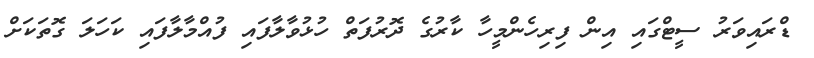
ޑްރައިވަރު ސީޓްގައި އިން ފިރިހެންމީހާ ކާރުގެ ދޮރުފަތް ހުޅުވާލާފައި ފުއްމާލާފައި ކަހަލަ ގޮތަކަށް